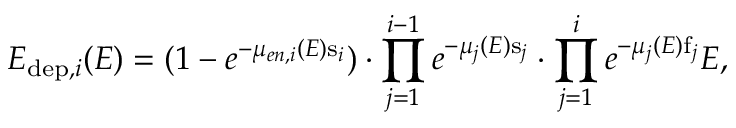
E _ { \mathrm { d e p } , i } ( E ) = ( 1 - e ^ { - \mu _ { e n , i } ( E ) \mathrm { s } _ { i } } ) \cdot \prod _ { j = 1 } ^ { i - 1 } e ^ { - \mu _ { j } ( E ) \mathrm { s } _ { j } } \cdot \prod _ { j = 1 } ^ { i } e ^ { - \mu _ { j } ( E ) \mathrm { f } _ { j } } E ,